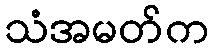
သံအမတ်က